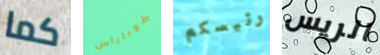
كما طوباياس رئيسكم الريس